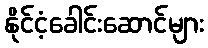
နိုင်ငံ့ခေါင်းဆောင်များ